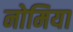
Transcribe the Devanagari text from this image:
नोमिया